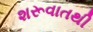
શરૂવાતથી